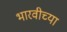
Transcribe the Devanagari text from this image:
भारवीच्या